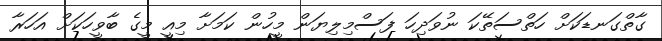
ގާތްގަނޑަކަށް ހަތްސަތޭކަ ނުވަދިހަ ފަސްމިލިޔަން މީހުން ކަމަށާ މިއީ މީގެ ބާވީހަކަށް އަހަރާ